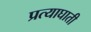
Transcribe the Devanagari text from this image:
प्रत्याघाती